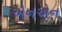
એનએન